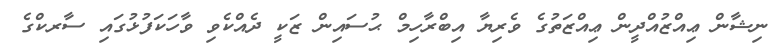
ނިޝާން ޢިއްޒުއްދީން ޢިއްޒަތުގެ ވެރިޔާ އިބްރާހިމް ޙުސައިން ޒަކީ ދެއްކެވި ވާހަކަފުޅުގައި ސާރކްގެ